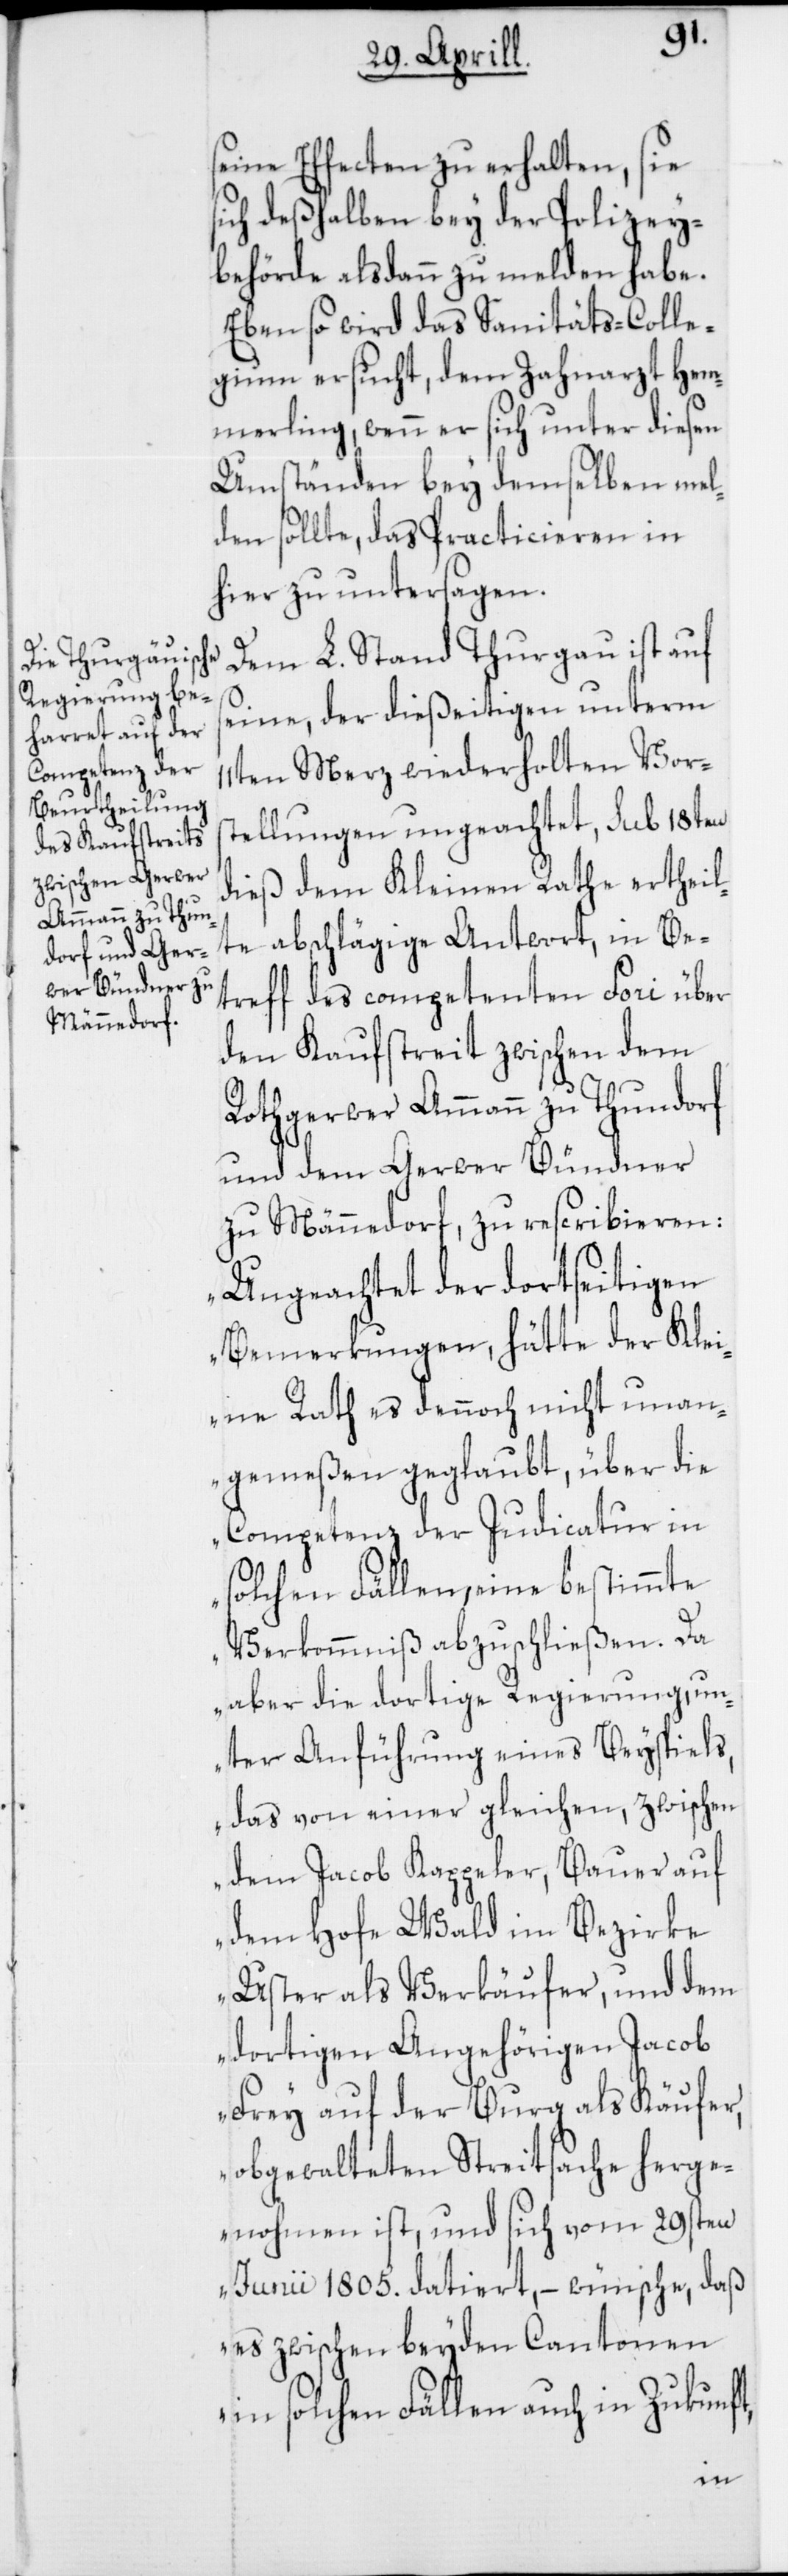
seine Effecten zu erhalten, sie
sich deshalben bey der Polizey¬
behörde alsdann zu melden habe.
Ebenso wird das Sanitäts-Colle¬
gium ersucht, dem Zahnarzt Hem¬
merling, wenn er sich unter diesen
Umständen bey demselben mel¬
den sollte, das Practicieren in
hier zu untersagen.
Dem L. Stand Thurgau ist auf
seine, der dießeitigen unterm
11ten Merz wiederholten Vor¬
stellungen ungeachtet, sub 18ten
dieß dem Kleinen Rathe ertheil¬
te abschlägige Antwort, in Be¬
treff des competenten Fori über
den Kaufstreit zwischen dem
Rothgerwer Ammann zu Thundorf
und dem Gerwer Bündner
zu Männerdorf, zu rescribieren:
„Ungeachtet der dortseitigen
Bemerkungen, hätte der Klei¬
ne Rath es dennoch nicht unan¬
gemeßen geglaubt, über die
Competenz der Judicatur in
solchen Fällen, eine bestimmte
Verkommniß abzuschließen. Da
aber die dortige Regierung, un¬
ter Anführung eines Beyspiels,
das von einer gleichen, zwischen
dem Jacob Kappeler, Bauer auf
dem Hofe Wald im Bezirke
Uster als Verkäufer, und dem
dortigen Angehörigen Jacob
Frey auf der Burg als Käufer,
obgewalteten Streitsache herge¬
nohmen ist, und sich vom 29sten
Junii 1805. datiert, – wünsche, daß
es zwischen beyden Cantonen
in solchen Fällen auch in Zukunft,